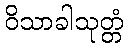
ဝိသာခါသုတ္တံ